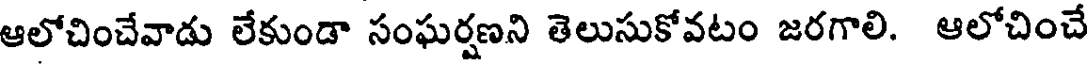
ఆలోచించేవాడు లేకుండా సంఘర్షణని తెలుసుకోవటం జరగాలి. ఆలోచించే